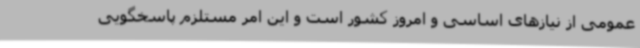
عمومی از نیازهای اساسی و امروز کشور است و این امر مستلزم پاسخگویی